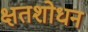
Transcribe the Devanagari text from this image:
क्षतशोधन